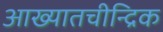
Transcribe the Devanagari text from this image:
आख्यातचीन्द्रिक